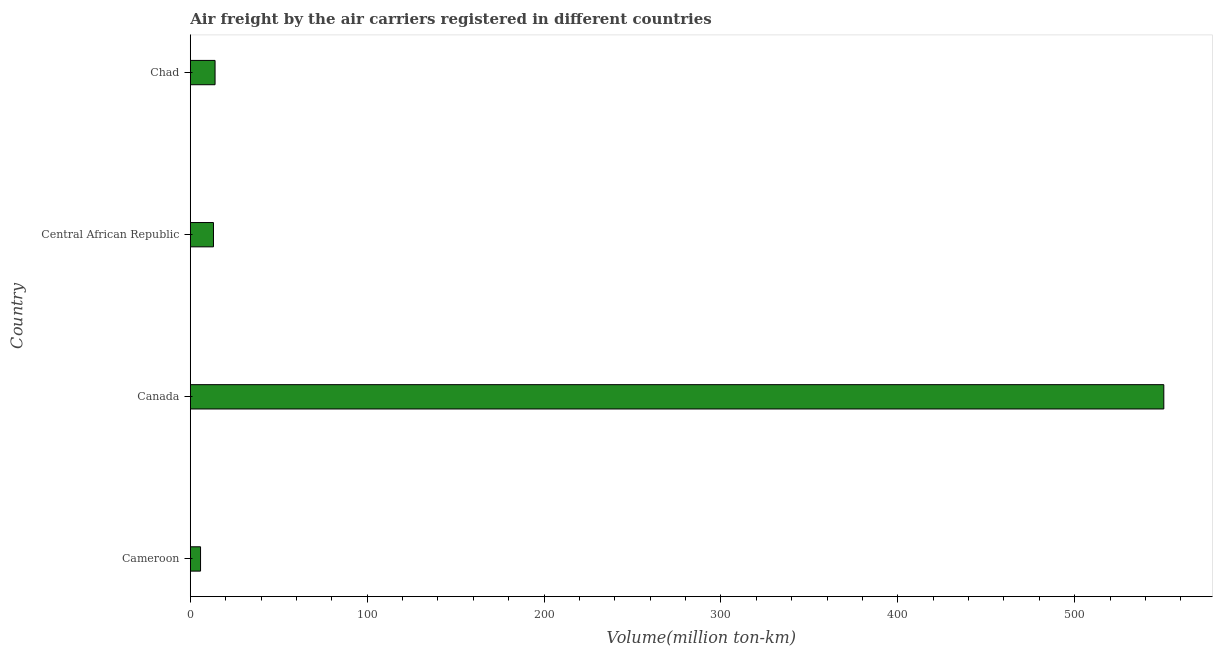
| Country | Air transport |
 | --- | --- |
 | Cameroon | 5.8 |
 | Canada | 550 |
 | Central African Republic | 13.1 |
 | Chad | 14 |